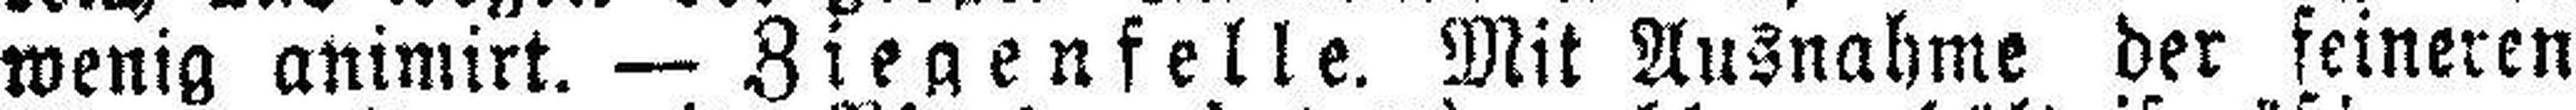
wenig animirt. — Ziegenfelle. Mit Ausnahme der feineren